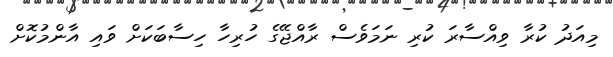
މިއަދު ކުރާ ވިއްސާރަ ކުރި ނަމަވެސް ރާއްޖޭގެ ހުރިހާ ހިސާބަކަށް ވައި އާންމުކޮށް